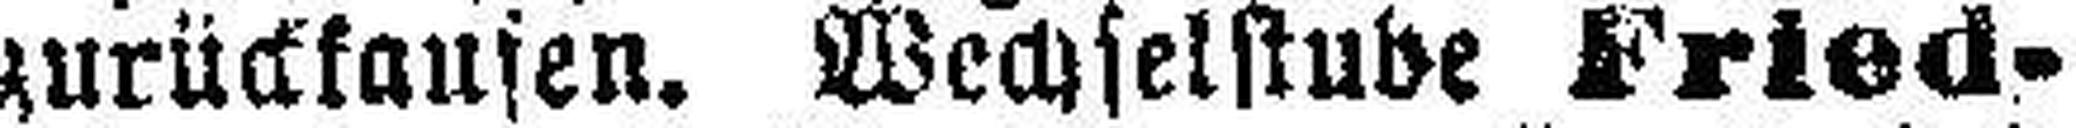
zurückaufen. Wechselstube Fried¬